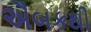
ઐબકથી